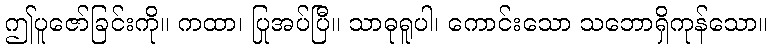
ဤပူဇော်ခြင်းကို။ ကထာ၊ ပြုအပ်ပြီ။ သာဓုရူပါ၊ ကောင်းသော သဘောရှိကုန်သော။